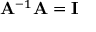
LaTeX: \mathbf { A } ^ { - 1 } \mathbf { A } = \mathbf { I }